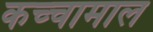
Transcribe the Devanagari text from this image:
कच्‍चामाल